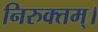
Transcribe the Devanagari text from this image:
निरुक्तम्।